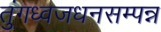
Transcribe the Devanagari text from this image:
तुंगध्वजधनसम्पन्न